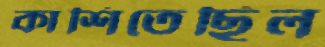
কাশিতেছিল